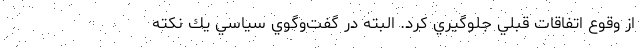
از وقوع اتفاقات قبلي جلوگيري كرد. البته در گفت‌وگوي سياسي يك نكته